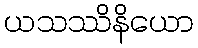
ယသဿိနိယော